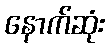
နောက်ဆုံး